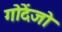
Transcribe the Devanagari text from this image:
गोदेंजो